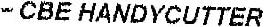
- CBE HANDYCUTTER